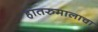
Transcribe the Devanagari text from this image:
हातरुमालाचा